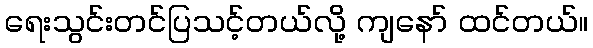
ရေးသွင်းတင်ပြသင့်တယ်လို့ ကျနော် ထင်တယ်။